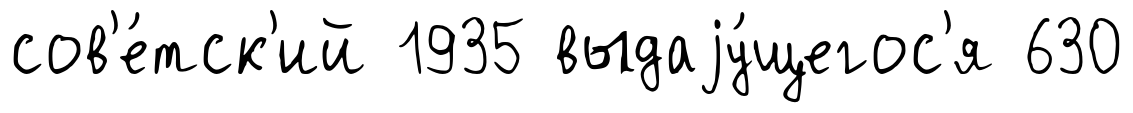
сов'е́тск'ий 1935 выдаjу́щегос'я 630